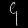
Digit: ၄